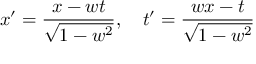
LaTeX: x ^ { \prime } = { \frac { x - w t } { \sqrt { 1 - w ^ { 2 } } } } , \quad t ^ { \prime } = { \frac { w x - t } { \sqrt { 1 - w ^ { 2 } } } }